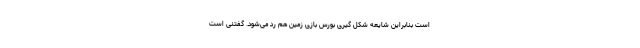
است بنابراین شایعه شکل گیری بورس بازی زمین هم رد می‌شود. گفتنی است